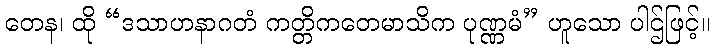
တေန၊ ထို “ဒသာဟနာဂတံ ကတ္တိကတေမာသိက ပုဏ္ဏမံ” ဟူသော ပါဌ်ဖြင့်။